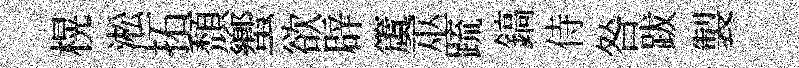
榥淞拓頹蠁欲辟𥵂巫䟽鎬侍咎跋製